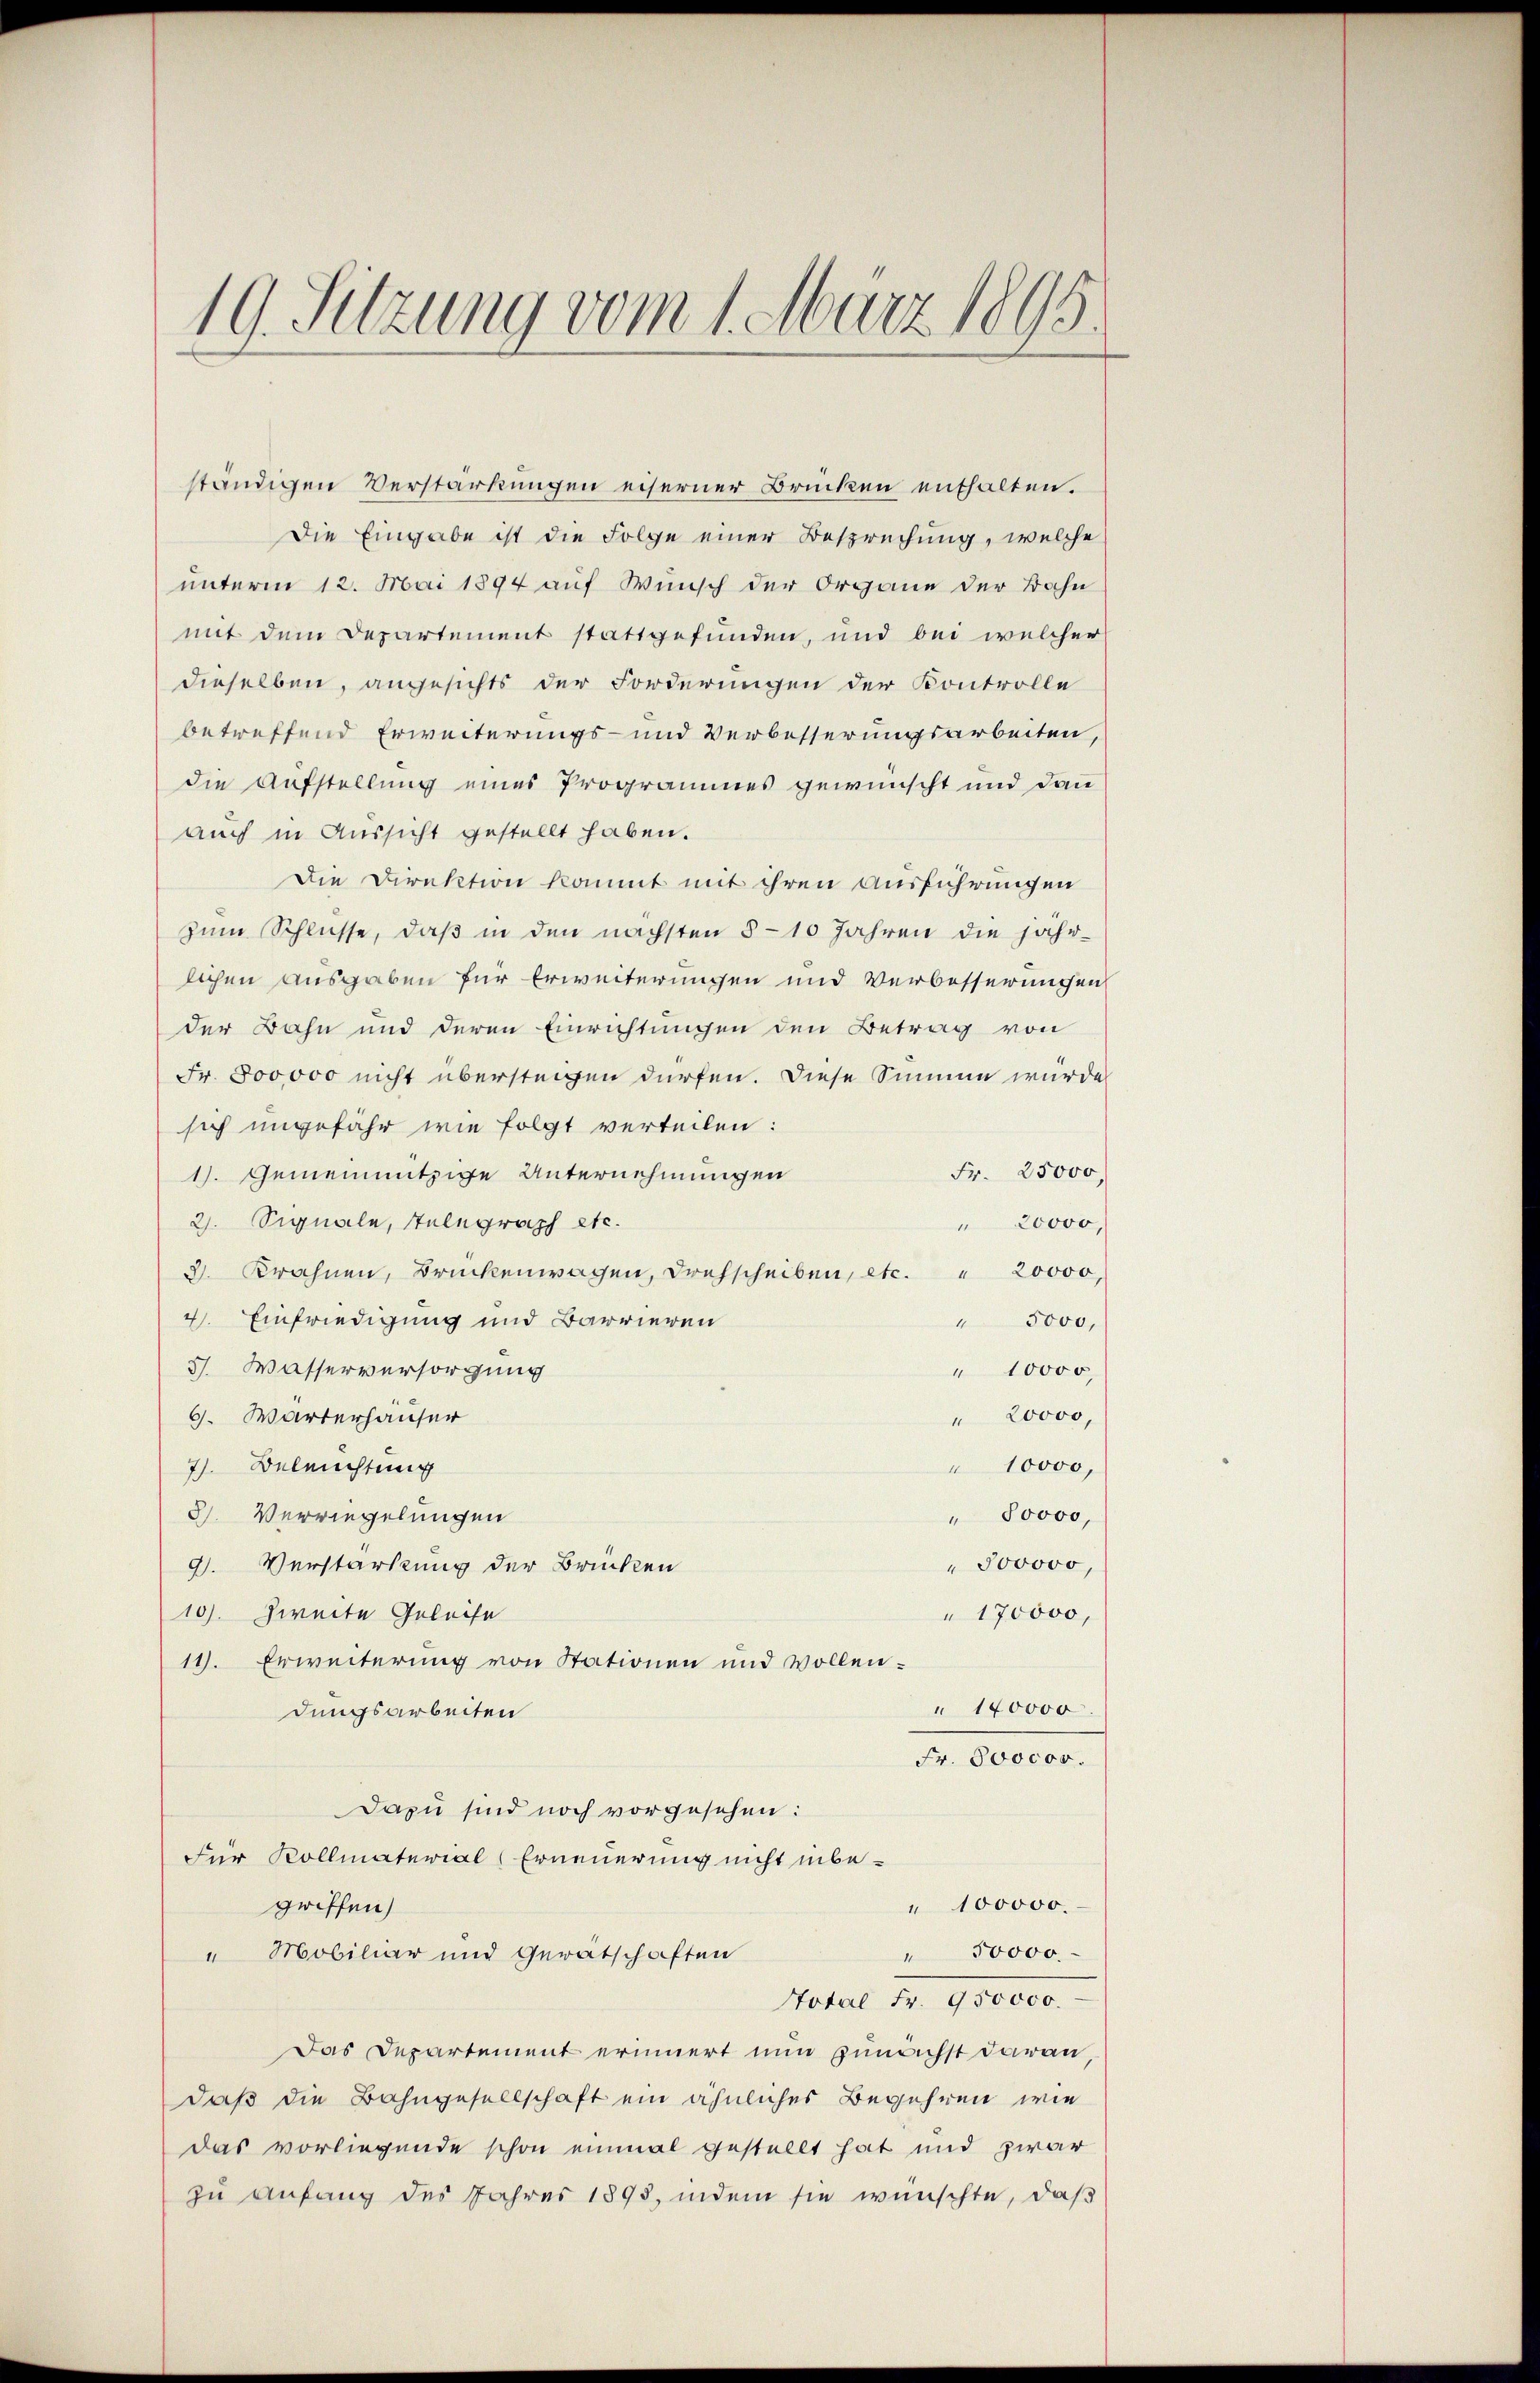
19. Sitzung vom 1. März 1895.

ständigen Verstärkungen eiserner Brücken enthalten.
Die Eingabe ist die Folge einer Besprechung, welche
unterm 12. Mai 1894 auf Wunsch der Organe der Bahn
mit dem Departement stattgefunden, und bei welcher
dieselben, angesichts der Forderungen der Kontrolle
betreffend Erweiterungs- und Verbesserungsarbeiten,
die Aufstellung eines Programmes gewünscht und dann
auch in Aussicht gestellt haben.
Die Direktion kommt mit ihren Ausführungen
zum Schlüsse, daß in den nächsten 5 - 10 Jahren die jährlichen Ausgaben für Erweiterungen und Verbesserungen
der Bahn und deren Einrichtungen den Betrag von
Fr. 800,000 nicht übersteigen dürfen. Diese Sinnen würde
sich ungefähr wie folgt verteilen:
Fr. 25000.
1). Gemeinnützige Unternehmungen
2. Signale, Telegraph etc.
" 20000,
3. Krahnen, Brückenwagen, Drehscheiben, etc. " 20000
4. Einfriedigung und Barrieren
" 5000,
3. Wasserversorgung
" 10000
" 20000,
6. Wärterhauser
7). Beleuchtung
" 10000,
3). Verwiegelungen
" 80000,
" 300000,
9). Verstärkung der Brücken
" 170000,
10). Zweite Geleise
11. Erweiterung von Stationen und vollen-
" 140000
dungsarbeiten
Fr. 800000.
Dazu sind noch vorgesehen:
Für Kollmaterial Erneuerung nicht inbe¬
" 100000.
griffen)
" 50000
" Mobiliar und Gerätschaften
Hotel Fr
Das Departement erinnert nun zunächst daran,
daß die Bahngesellschaft ein ähnliches Begehren wie
das vorliegende schon einmal gestellt hat und zwar
zu Anfang des Jahres 1895, indem sie wünschte, daß